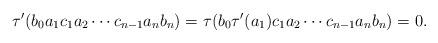
LaTeX: \begin{align*}\tau'(b_0a_1c_1a_2\cdots c_{n-1}a_nb_n)=\tau(b_0\tau'(a_1)c_1a_2\cdots c_{n-1}a_nb_n)=0.\end{align*}